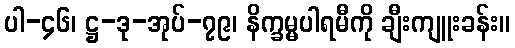
ပါ-၄၆၊ ဋ္ဌ-ဒု-အုပ်-၇၉၊ နိက္ခမ္မပါရမီကို ချီးကျူးခန်း။